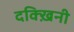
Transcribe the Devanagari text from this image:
दक्ख़िनी